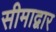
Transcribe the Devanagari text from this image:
सीमाद्वार